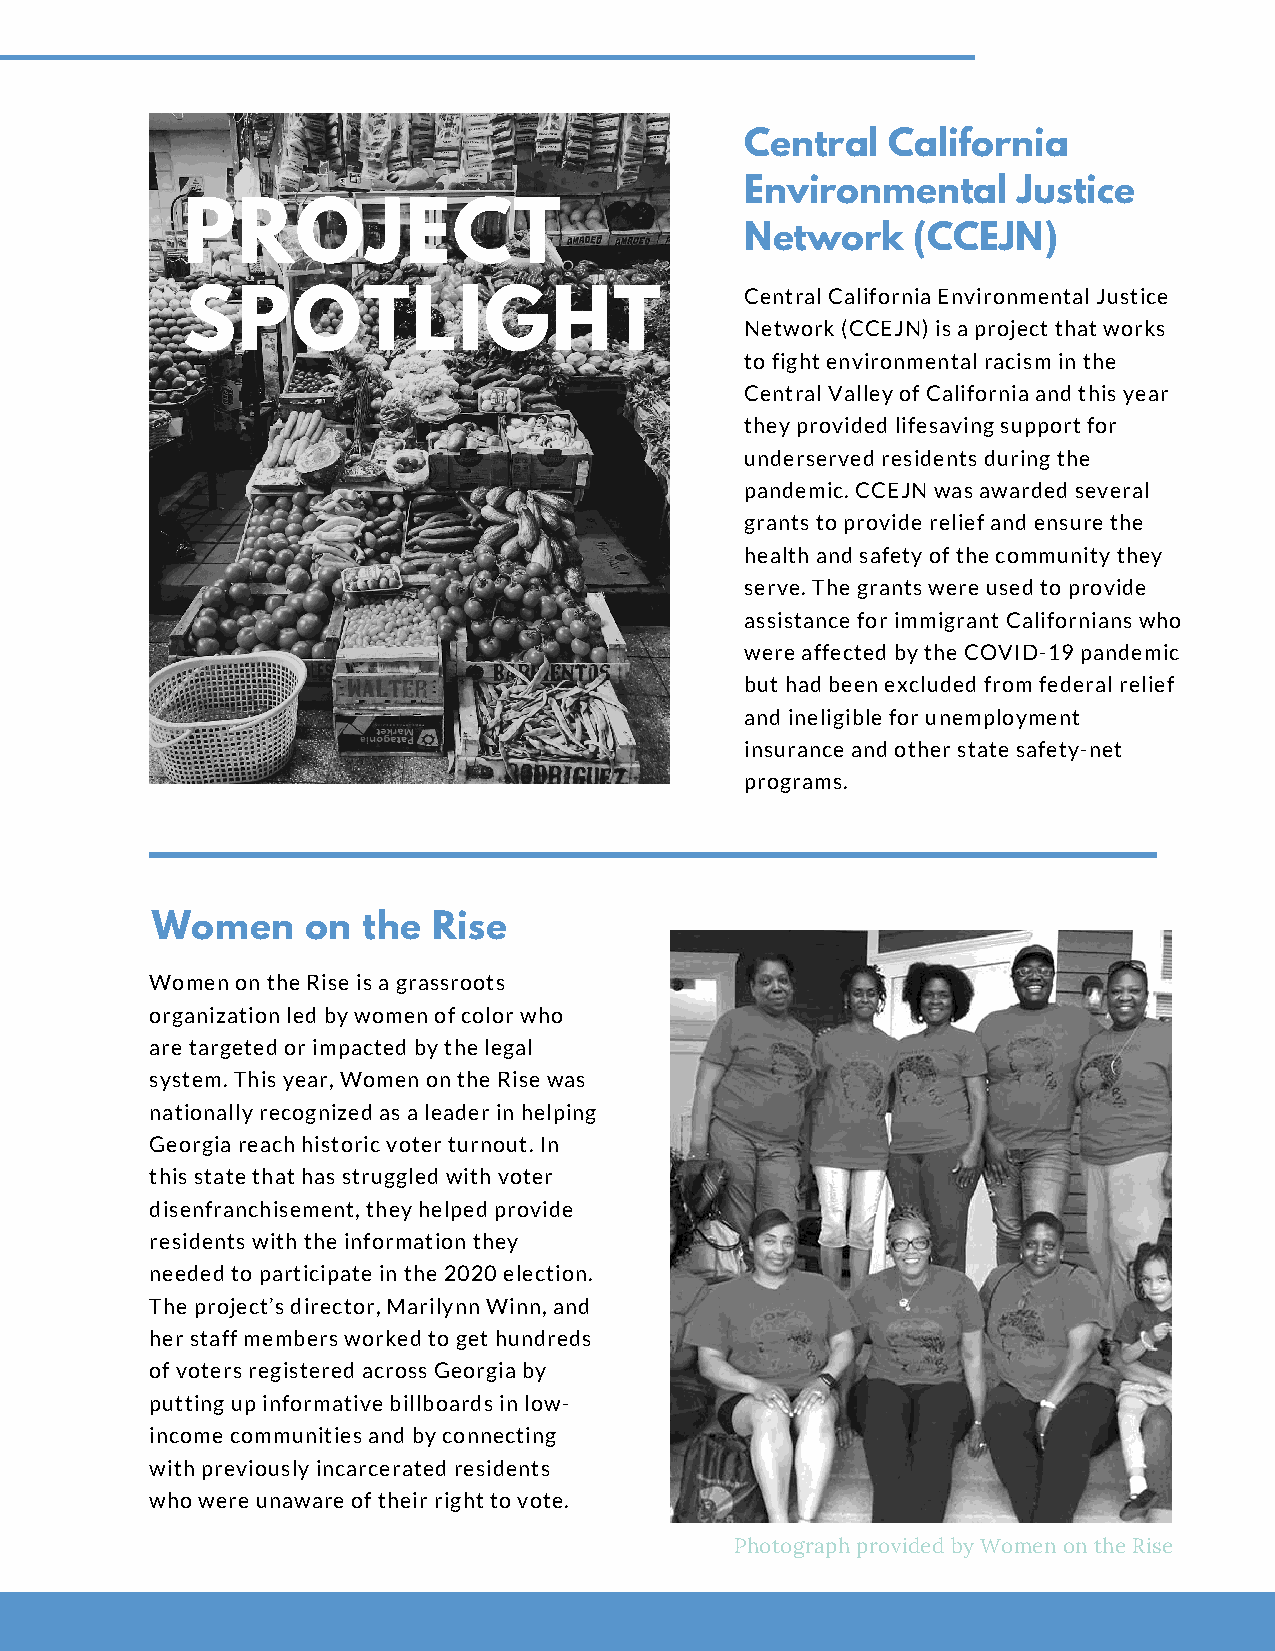
Central   California
 Environmental     Justice
 PROJECT
 Network    (CCEJN)
 Central California Environmental Justice
 SPOTLIGHT
 Network (CCEJN) is a project that works
 to fight environmental racism in the
 Central Valley of California and this year
 they provided lifesaving support for
 underserved residents during the
 pandemic. CCEJN was awarded several
 grants to provide relief and ensure the
 health and safety of the community they
 serve. The grants were used to provide
 assistance for immigrant Californians who
 were affected by the COVID-19 pandemic
 but had been excluded from federal relief
 and ineligible for unemployment
 insurance and other state safety-net
 programs.
 Women     on  the  Rise
 Women on the Rise is a grassroots
 organization led by women of color who
 are targeted or impacted by the legal
 system. This year, Women on the Rise was
 nationally recognized as a leader in helping
 Georgia reach historic voter turnout. In
 this state that has struggled with voter
 disenfranchisement, they helped provide
 residents with the information they
 needed to participate in the 2020 election.
 The project’s director, Marilynn Winn, and
 her staff members worked to get hundreds
 of voters registered across Georgia by
 putting up informative billboards in low-
 income communities and by connecting
 with previously incarcerated residents
 who were unaware of their right to vote.
 Photograph provided by Women on the Rise